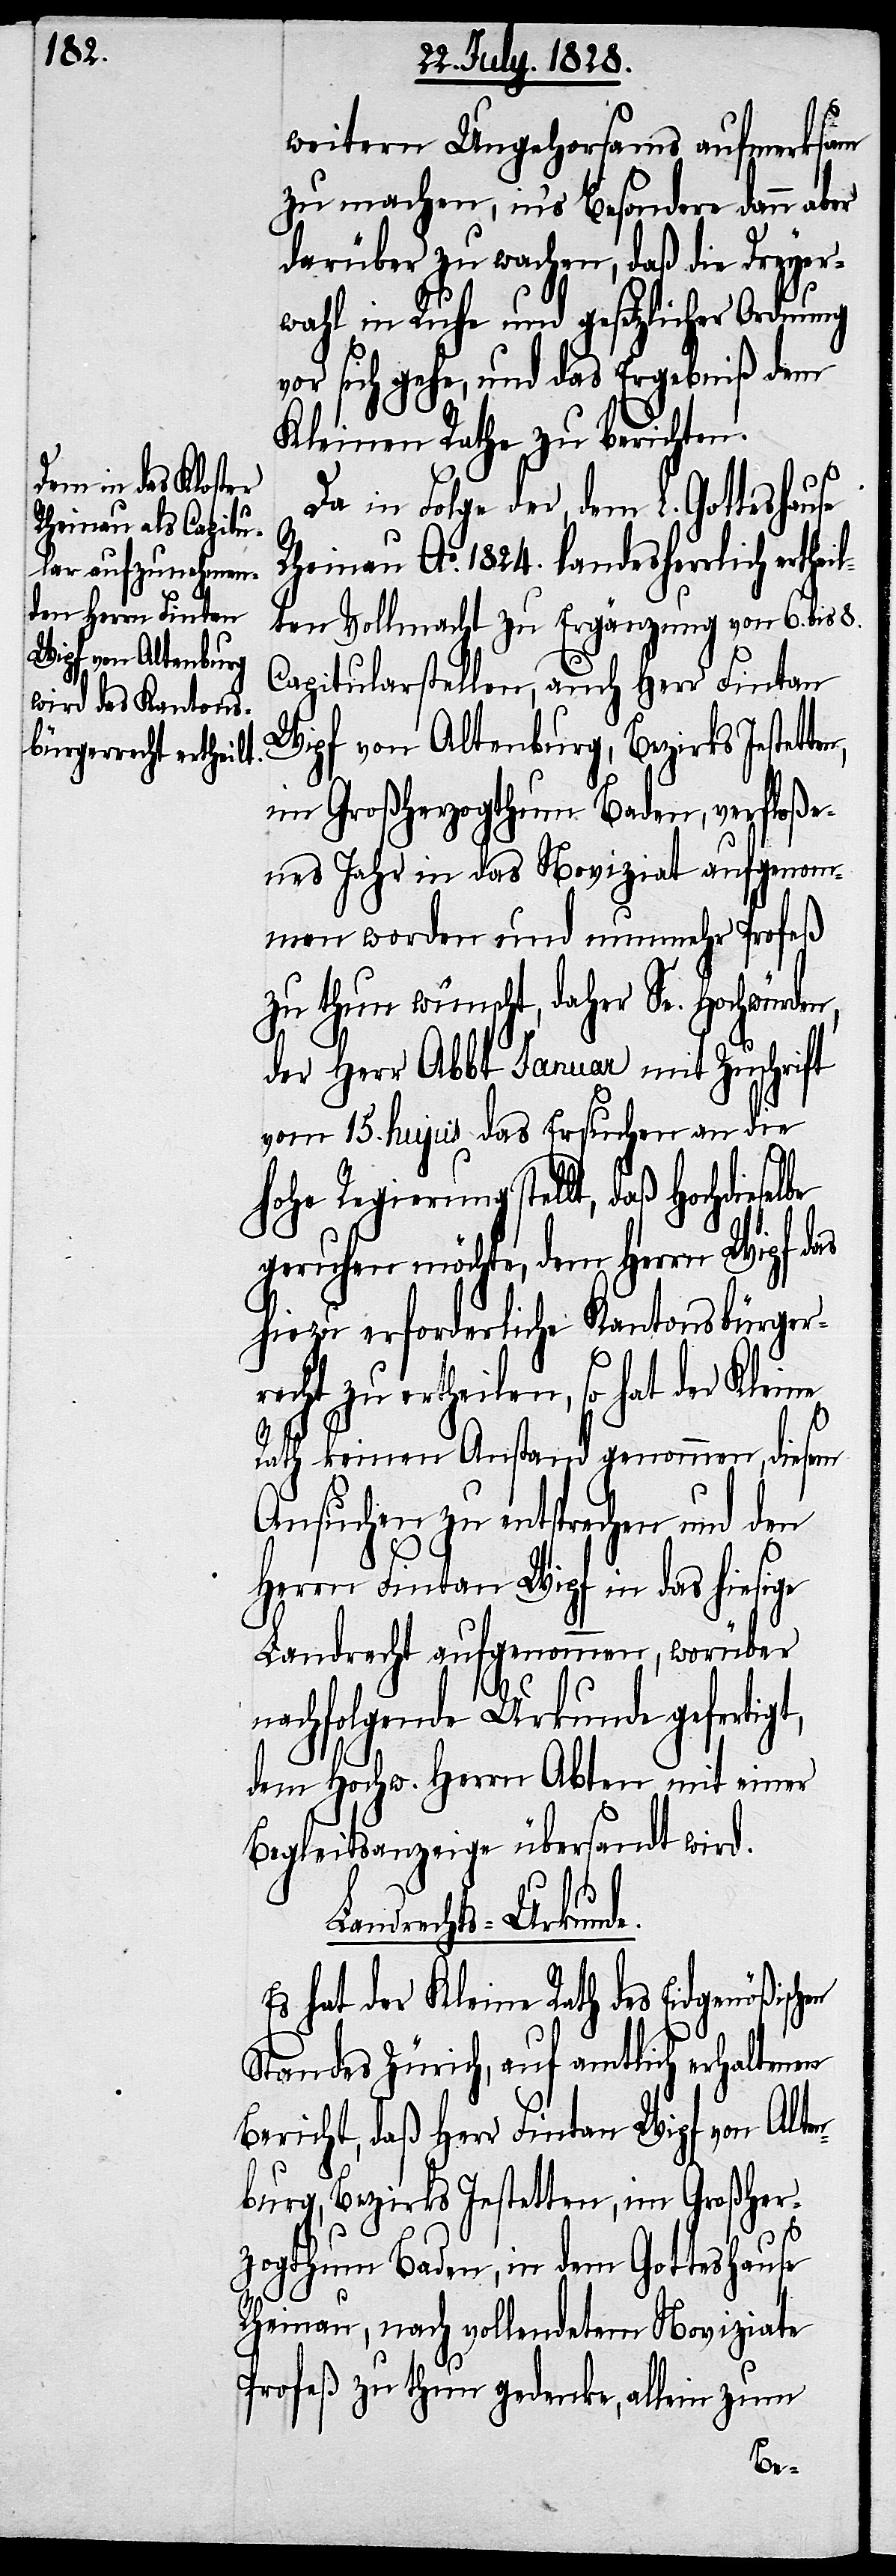
weitern Ungehorsams aufmerksam
zu machen, in‘s Besondere dann aber
darüber zu wachen, daß die Dreyer¬
wahl in Ruhe und gesetzlicher Ordnung
vor sich gehe, und das Ergebniß dem
Kleinen Rathe zu berichten.
Da in Folge der, dem L. Gotteshause
Rheinau Ao. 1824. landesherrlich erth¬
lten Vollmacht zu Ergänzung von 6. bis 8.
Capitularstellen, auch Herr Fintan
Wipf von Altenburg, Bezirks Jestett¬
im Großherzogthum Baden, verfloße¬
nes Jahr in das Noviziat aufgenom¬
men worden und nunmehr Profeß
zu thun wünscht, daher Se. Hochwürden,
der Herr Abbt Januar mit Zuschrift
vom 15. hujus das Ersuchen an die
hohe Regierung stellt, daß Hochdiese¬
geruhen möchte, dem Herrn Wipf das
hiezu erforderliche Kantonsbürger¬
recht zu ertheilen, so hat der Kleine
t,
Rath keinen Anstand genommen, diesem
Ansuchen zu entsprechen und den
Herrn Fintan Wipf in das hiesige
Landrecht aufgenommen, worüber
nachfolgende Urkunde gefertig¬
dem Hochw. Herrn Abten mit einer
Begleitsanzeige übersandt wird.
Landrechts-Urkunde.
Es hat der Kleine Rath des Eidgenößischen
Standes Zürich, auf amtlich erhaltenen
Bericht, daß Herr Fintan Wipf von Alten¬
burg, Bezirks Jestetten, im Großher¬
zogthum Baden, in dem Gotteshause
Rheinau, nach vollendetem Noviziate
Profeß zu thun gedenke, allein zum